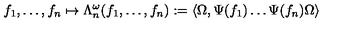
f _ { 1 } , \ldots , f _ { n } \mapsto \Lambda _ { n } ^ { \omega } ( f _ { 1 } , \ldots , f _ { n } ) : = \langle \Omega , \Psi ( f _ { 1 } ) \ldots \Psi ( f _ { n } ) \Omega \rangle